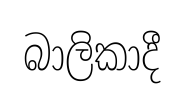
බාලිකාදී